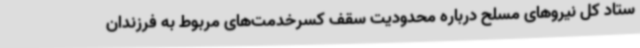
ستاد کل نیروهای مسلح درباره محدودیت سقف کسرخدمت‌های مربوط به فرزندان